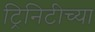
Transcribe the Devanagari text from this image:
ट्रिनिटीच्या